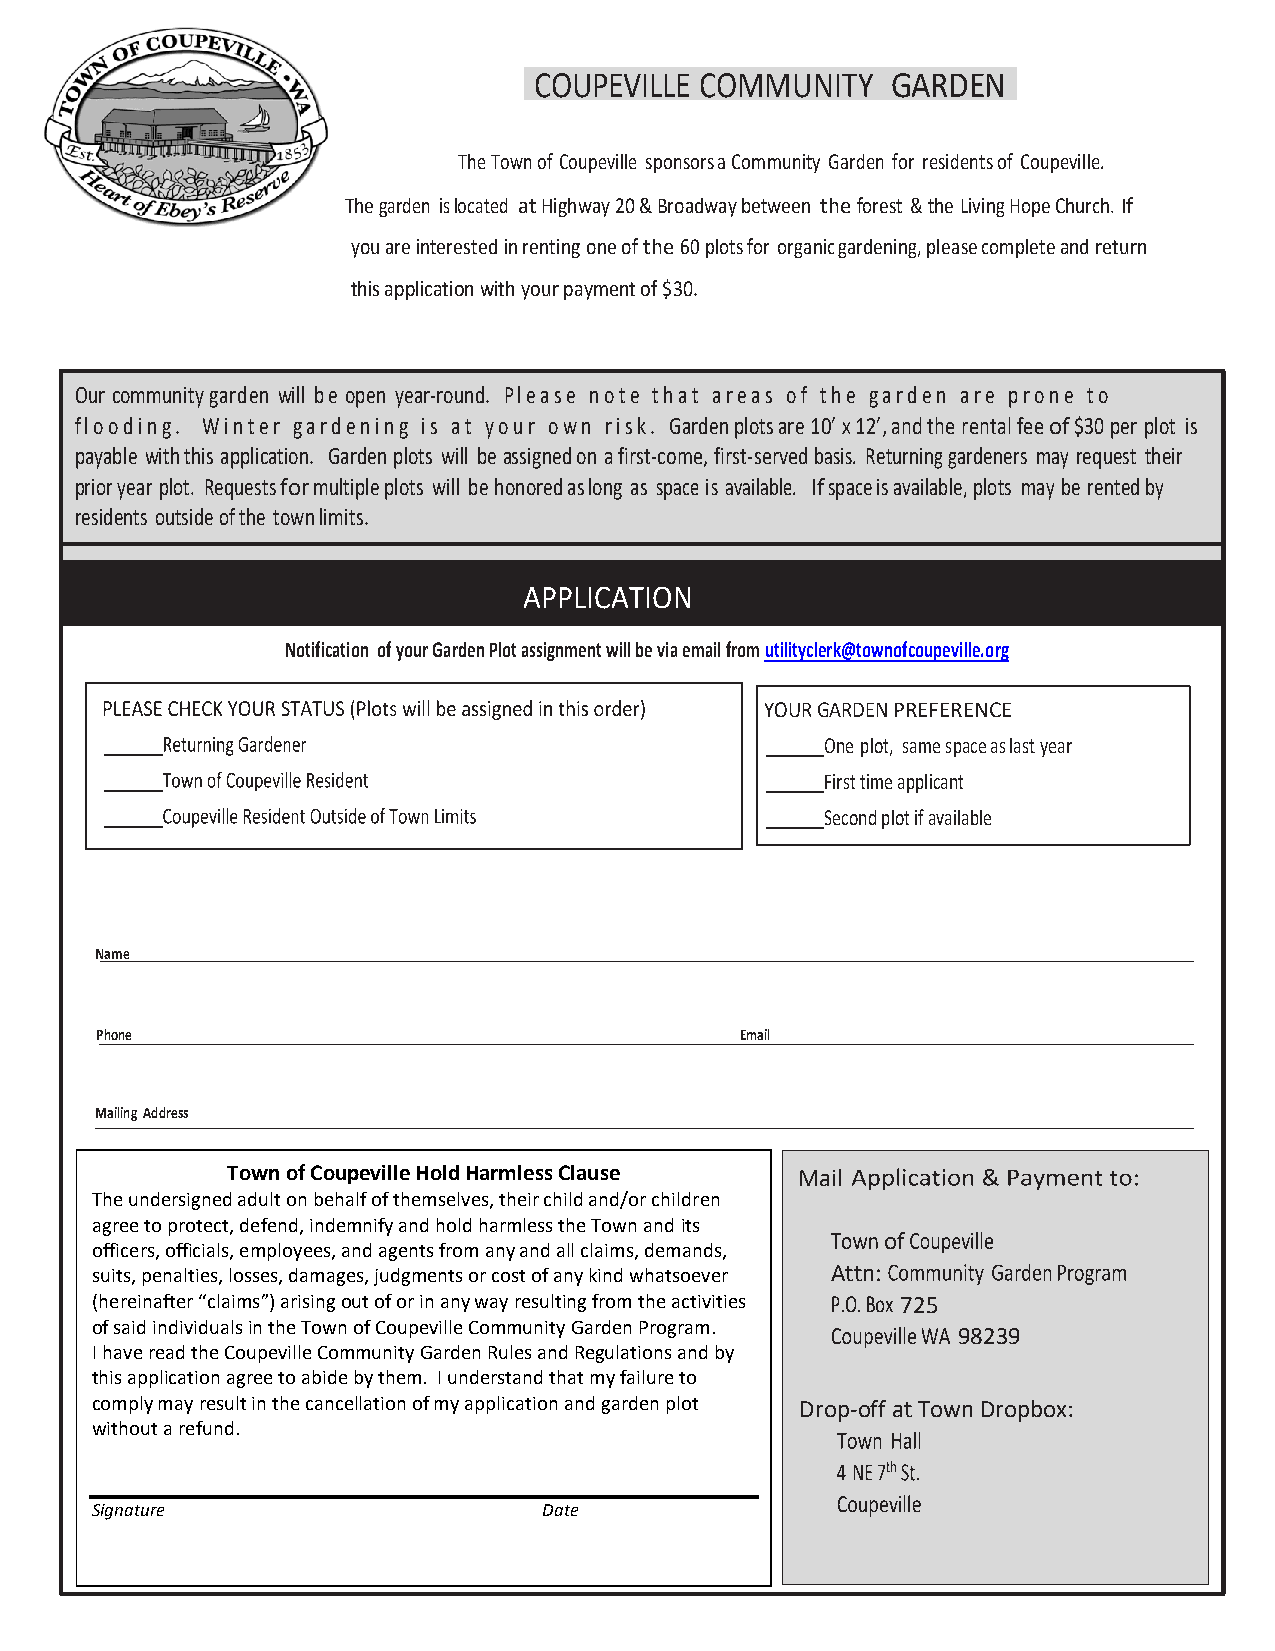
COUPEVILLE COMMUNITY    GARDEN
 The Town of Coupeville sponsors a Community Garden for residents of Coupeville.
 The garden is located at Highway 20 & Broadway between the forest & the Living Hope Church. If
 you are interested in renting one of the 60 plots for organic gardening, please complete and return
 this application with your payment of $30.
 Our community garden will be open year-round. Please note that areas of the garden are prone to
 flooding. Winter gardening is at your own risk. Garden plots are 10’ x 12’, and the rental fee of $30 per plot is
 payable with this application. Garden plots will be assigned on a first-come, first-served basis. Returning gardeners may request their
 prior year plot. Requests for multiple plots will be honored as long as space is available. If space is available, plots may be rented by
 residents outside of the town limits.
 APPLICATION
 Notification of your Garden Plot assignment will be via email from utilityclerk@townofcoupeville.org
 YOUR GARDEN PREFERENCE
 One plot, same space as last year
 First time applicant
 Second plot if available
 Name
 Phone                                      Email
 Mailing Address
 Town of Coupeville Hold Harmless Clause Mail
 The undersigned adult on behalf of themselves, their child and/or children
 agree to protect, defend, indemnify and hold harmless the Town and its
 of
 officers, officials, employees, and agents from any and all claims, demands,
 suits, penalties, losses, damages, judgments or cost of any kind whatsoever Attn:
 (hereinafter “claims”) arising out of or in any way resulting from the activities 725
 of said individuals in the Town of Coupeville Community Garden Program.
 98239
 I have read the Coupeville Community Garden Rules and Regulations and by
 this application agree to abide by them. I understand that my failure to
 comply may result in the cancellation of my application and garden plot Drop-off at Town Dropbox
 without a refund.
 Signature                     Date